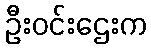
ဦးဝင်းဌေးက